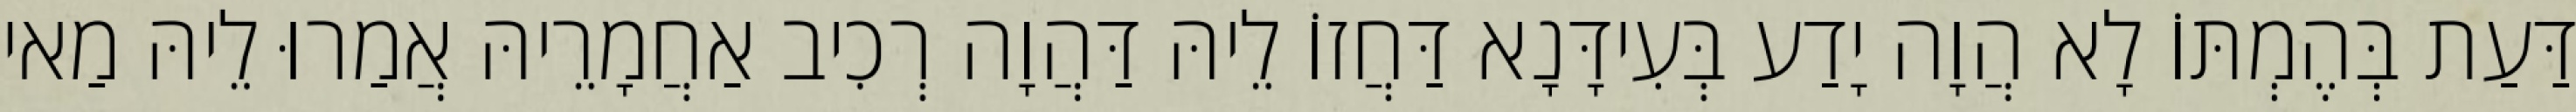
דַּעַת בְּהֶמְתּוֹ לָא הֲוָה יָדַע בְּעִידָּנָא דַּחֲזוֹ לֵיהּ דַּהֲוָה רְכִיב אַחֲמָרֵיהּ אֲמַרוּ לֵיהּ מַאי